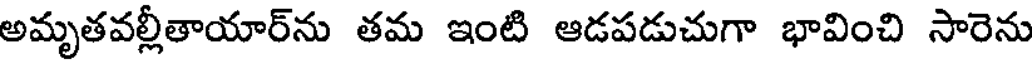
అమృతవల్లీతాయార్ను తమ ఇంటి ఆడపడుచుగా భావించి సారెను